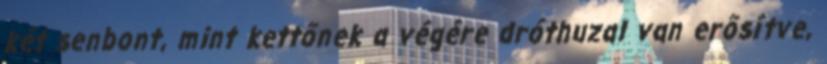
két senbont, mint kettőnek a végére dróthuzal van erősítve,